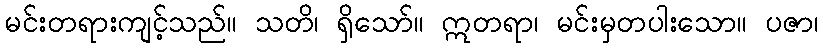
မင်းတရားကျင့်သည်။ သတိ၊ ရှိသော်။ ဣတရာ၊ မင်းမှတပါးသော။ ပဇာ၊